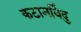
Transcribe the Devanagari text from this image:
कटानबिंदु